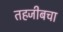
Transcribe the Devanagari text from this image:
तहजीबचा